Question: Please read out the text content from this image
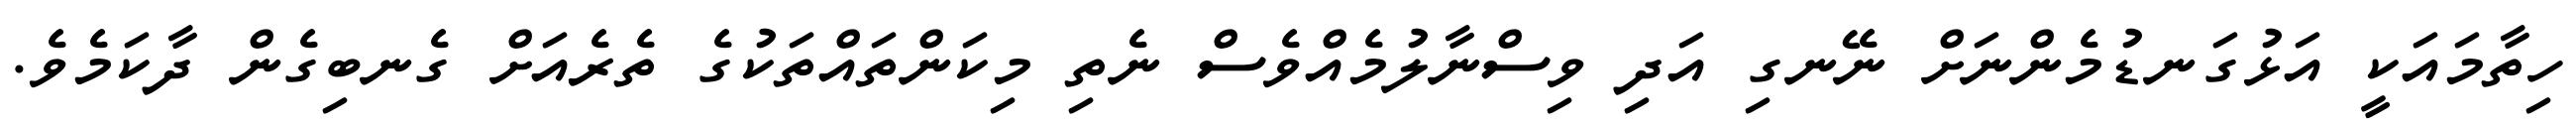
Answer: ހިތާމައަކީ އަޅުގަނޑުމެންނަށް ނޭނގި އަދި ވިސްނާލުމެއްވެސް ނެތި މިކަންތައްތަކުގެ ތެރެއަށް ގެނބިގެން ދާކަމެވެ.